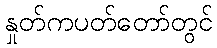
နှုတ်ကပတ်တော်တွင်